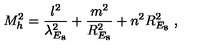
M _ { h } ^ { 2 } = { \frac { l ^ { 2 } } { \lambda _ { E _ { 8 } } ^ { 2 } } } + { \frac { m ^ { 2 } } { R _ { E _ { 8 } } ^ { 2 } } } + n ^ { 2 } R _ { E _ { 8 } } ^ { 2 } \ ,